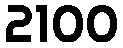
2100